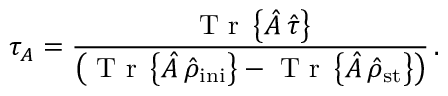
\tau _ { A } = \frac { \mathrm { ~ T ~ r ~ } \left\{ { \hat { A } } \, { \hat { \tau } } \right\} } { \left( \mathrm { ~ T ~ r ~ } \left\{ { \hat { A } } \, { \hat { \rho } } _ { \mathrm { i n i } } \right\} - \mathrm { ~ T ~ r ~ } \left\{ { \hat { A } } \, { \hat { \rho } } _ { \mathrm { s t } } \right\} \right) } \, .